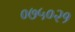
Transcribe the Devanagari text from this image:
०७५०२१